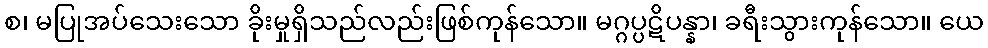
စ၊ မပြုအပ်သေးသော ခိုးမှုရှိသည်လည်းဖြစ်ကုန်သော။ မဂ္ဂပ္ပဋိပန္နာ၊ ခရီးသွားကုန်သော။ ယေ